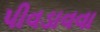
પીવડાવવા